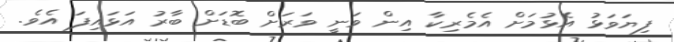
ފިޔަވަޅު އެޅުމަށް އެމެރިކާ އިން ވަނީ ވަރަށް ބޮޑަށް ބާރު އަޅައިފަ އެވެ.